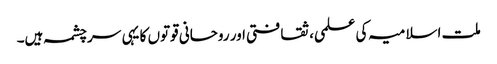
ملت اسلامیہ کی علمی، ثقافتی اور روحانی قوتوں کا یہی سرچشمہ ہیں۔